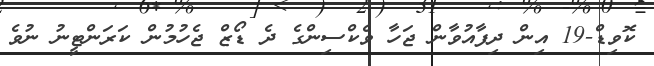
ކޮވިޑް-19 އިން ދިފާއުވާން ޖަހާ ވެކްސިންގެ ދެ ޑޯޒް ޖެހުމުން ކަރަންޓީނު ނުވެ